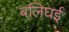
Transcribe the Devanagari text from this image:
बलिघई